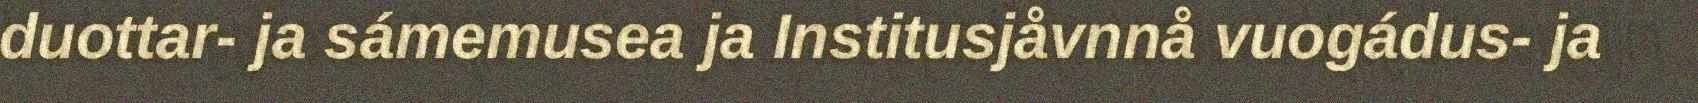
duottar- ja sámemusea ja Institusjåvnnå vuogádus- ja